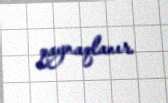
qaynaqlanır.